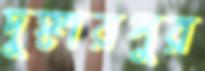
দুঙ্গারপুর